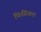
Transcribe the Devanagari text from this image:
फिसिकल